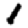
Digit: 1